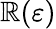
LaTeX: \mathbb{R}(\varepsilon)